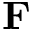
\mathbf F